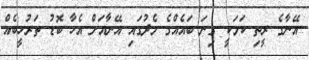
އޭނާގެ ރީތި ކަމަކީ ގިނަ ބައެއްގެ މެދުގައި އޭނާއަށް އެހާ ބޮޑު ތަރުހީބެއް